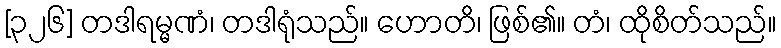
[၃၂၆] တဒါရမ္မဏံ၊ တဒါရုံသည်။ ဟောတိ၊ ဖြစ်၏။ တံ၊ ထိုစိတ်သည်။